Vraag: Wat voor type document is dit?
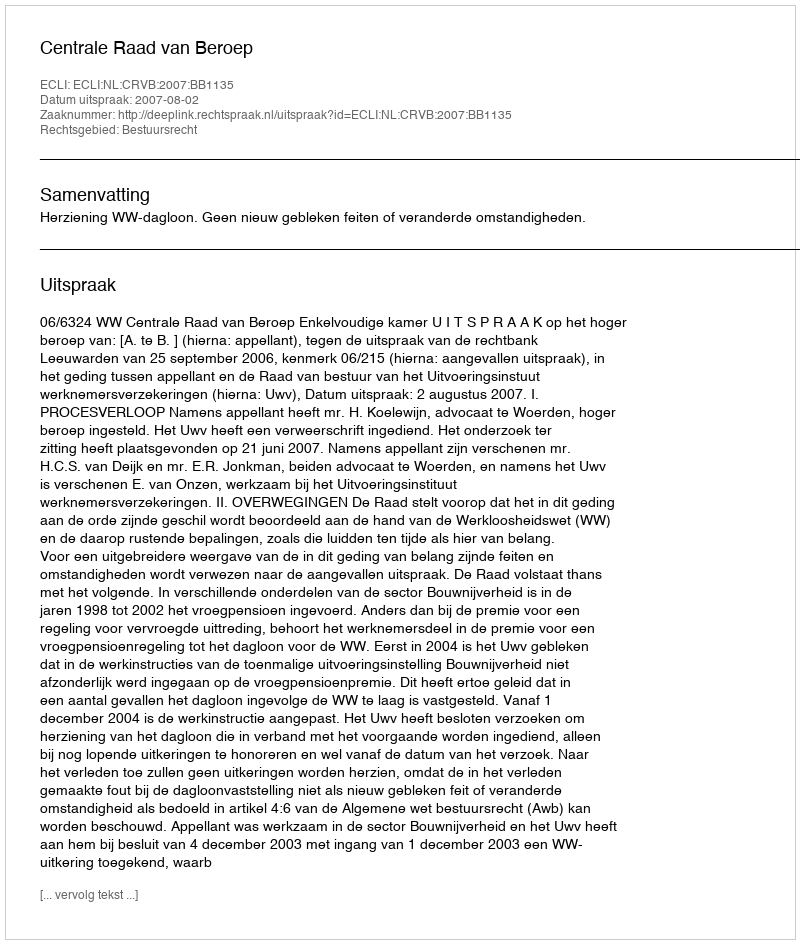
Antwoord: Uitspraak